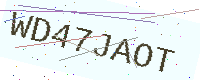
Text: WD47JAOT